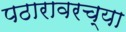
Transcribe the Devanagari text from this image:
पठारावरच्या